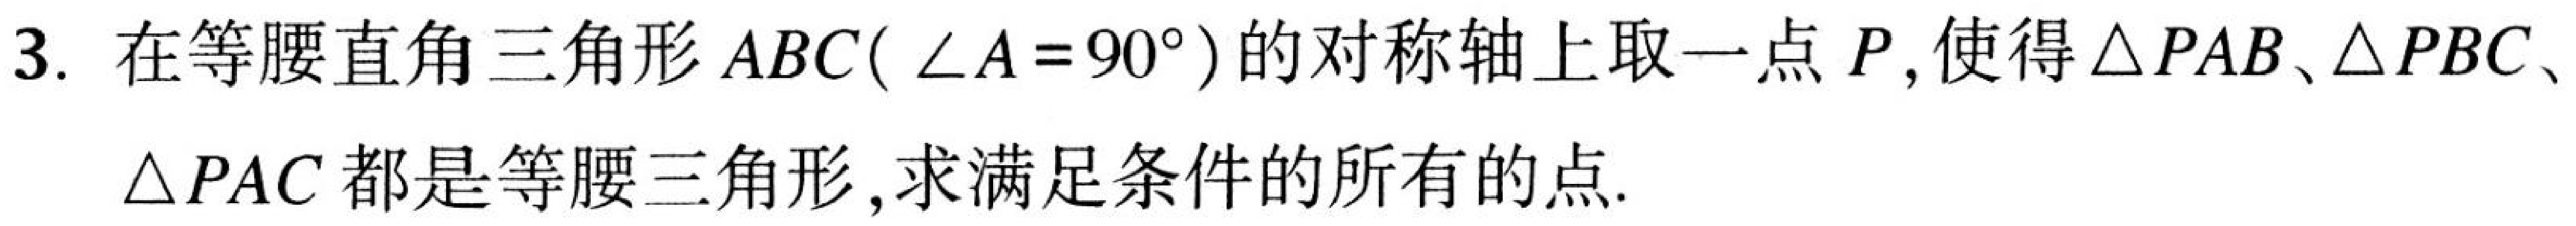
3. 在等腰直角三角形\(ABC(\angle A = 90^{\circ})\)的对称轴上取一点\(P\)，使得\(\triangle PAB\)、\(\triangle PBC\)、\(\triangle PAC\)都是等腰三角形，求满足条件的所有的点.